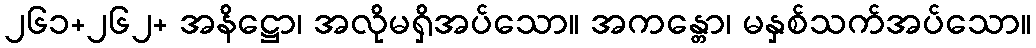
၂၆၁+၂၆၂+ အနိဋ္ဌော၊ အလိုမရှိအပ်သော။ အကန္တော၊ မနှစ်သက်အပ်သော။